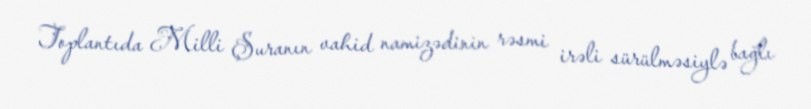
Toplantıda Milli Şuranın vahid namizədinin rəsmi irəli sürülməsiylə bağlı